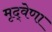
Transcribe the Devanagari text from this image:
मृद्‌वेणा